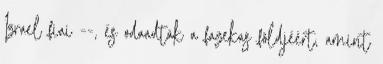
Izrael fiai --, és odaadták a fazekas földjéért, amint